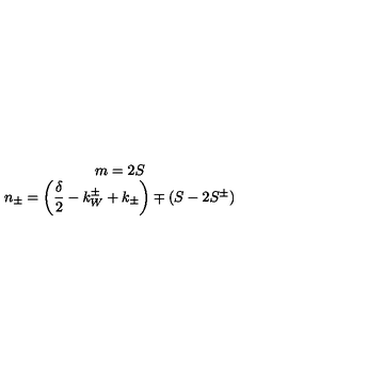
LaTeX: \begin{array} { c } { m = 2 S } \\ { n _ { \pm } = \left( \displaystyle \frac { \delta } { 2 } - k _ { W } ^ { \pm } + k _ { \pm } \right) \mp \left( S - 2 S ^ { \pm } \right) } \\ \end{array}